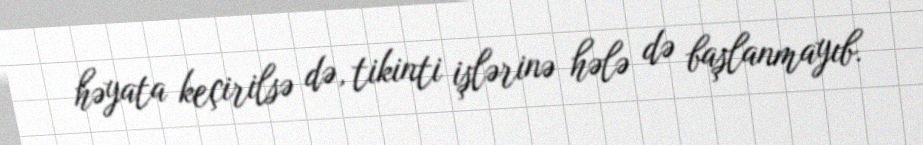
həyata keçirilsə də, tikinti işlərinə hələ də başlanmayıb.